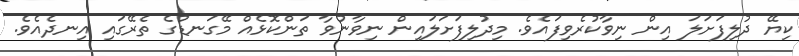
ކިޔޭ ދުލިފަށަލަ އިން ނިވާކުރެވިފައެވެ. މިދުލިފަށަލައިން ނިވާނުވާ ތަންކޮޅެއް މޭގަނޑުގެ ތެރޭގައި އިނދެއެވެ.